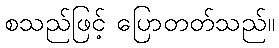
စသည်ဖြင့် ပြောတတ်သည်။